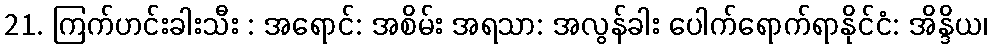
21. ကြက်ဟင်းခါးသီး : အရောင်: အစိမ်း အရသာ: အလွန်ခါး ပေါက်ရောက်ရာနိုင်ငံ: အိန္ဒိယ၊